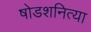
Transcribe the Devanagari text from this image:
षोडशनित्या